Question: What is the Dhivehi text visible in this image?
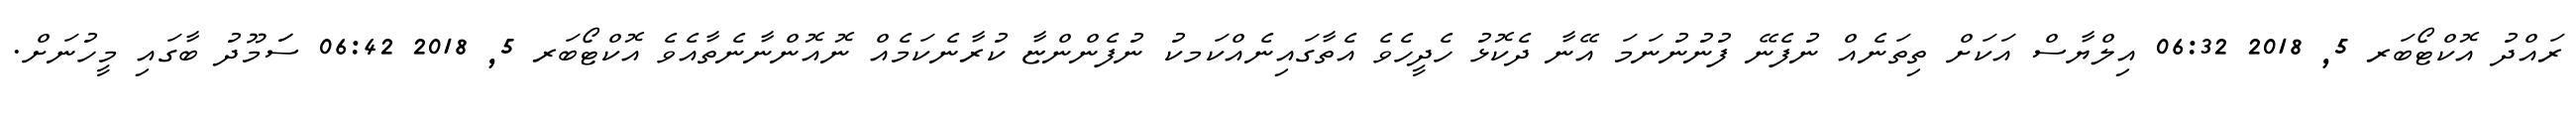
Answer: ރައްދު އޮކްޓޯބަރ 5, 2018 06:32 އިލްޔާސް އަކަށް ތިތަނެއް ނުފެނޭ ފުނުނުނަމަ އޭނާ ދެކޮޅު ހެދީހެވެ އެތާގައިނެއްކަމކު ނުފެންންޏާ ކުރާނެކަމެއް ނޮއޮންނާނެތާއެވެ އޮކްޓޯބަރ 5, 2018 06:42 ސަަމޫދު ބާގައި މީހުނަށް.